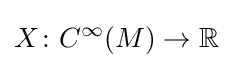
X\colon C^{\infty }(M)\to \mathbb {R}